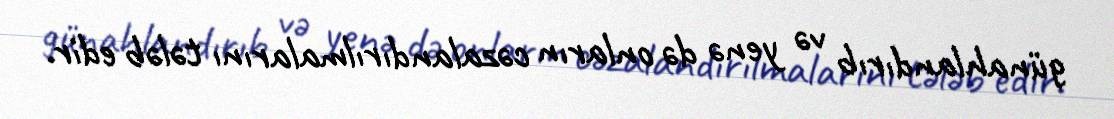
günahlandırıb və yenə də onların cəzalandırılmalarını tələb edir.